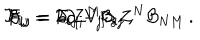
{ \cal F } _ { i j } = F _ { i j } - { \cal B } _ { i j } \, , \hspace { 1 c m } F _ { i j } = 2 \partial _ { [ i } V _ { j ] } \, , \hspace { 1 c m } { \cal B } _ { i j } = \partial _ { i } Z ^ { M } \partial _ { j } Z ^ { N } { \cal B } _ { N M } \, .